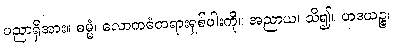
ပညာရှိအား။ ဓမ္မံ၊ လောကဓံတရားရှစ်ပါးကို။ အညာယ၊ သိ၍။ ဟဒယဉ္စ၊